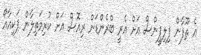
އެ ތޫފާން ފިލިޕީންސް އަށް އެރީ ބްރެންޑަން ރިއޮސް އަށް ކުރިމަތިލާން ޕަކިއާއޯ